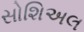
સોશિઅલ